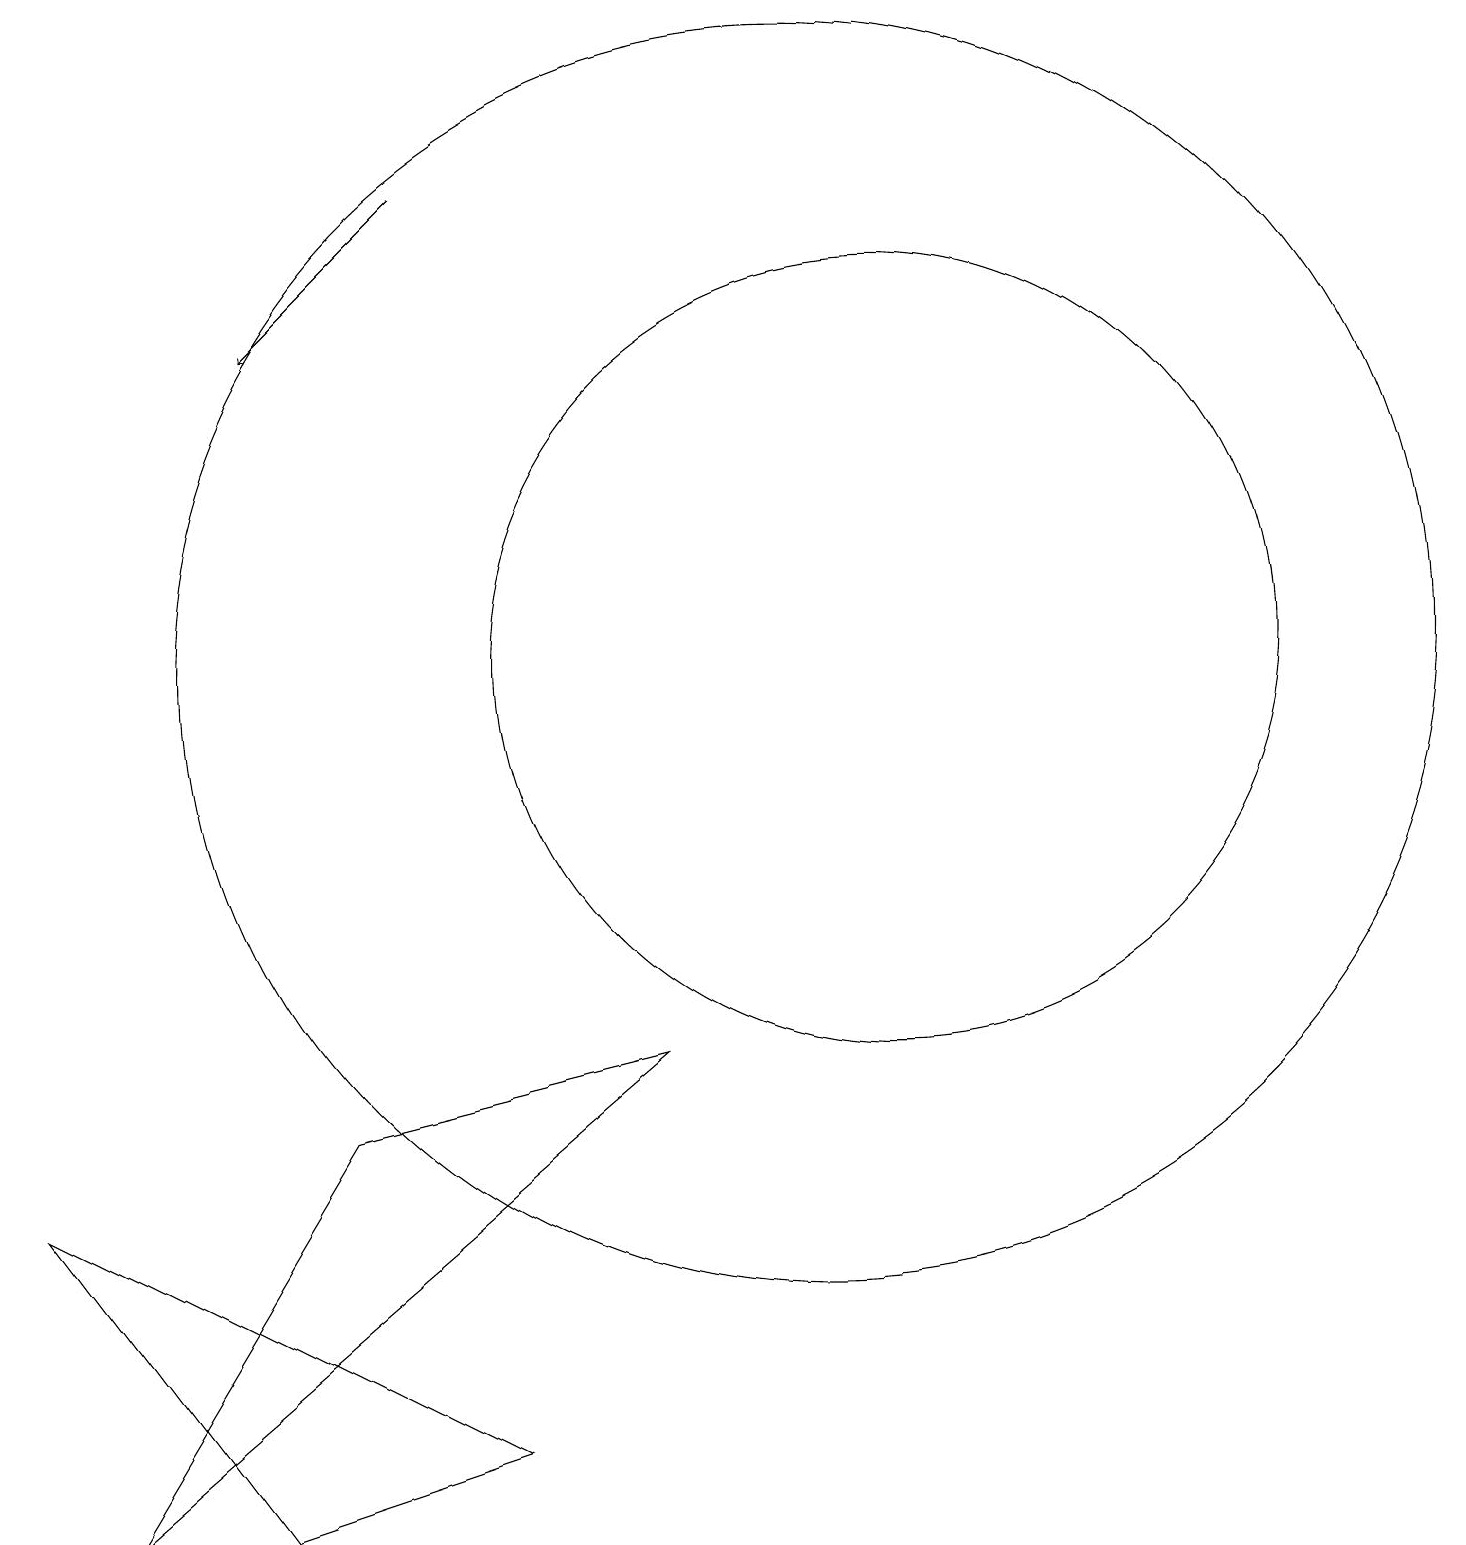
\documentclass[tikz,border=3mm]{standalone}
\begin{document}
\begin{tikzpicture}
\draw (12,12) circle (5);
\draw (1,5) -- (7,2) -- (4,1) -- cycle;
\draw (9,7) -- (2,1) -- (5,6) -- cycle;
\draw (11,12) circle (8);
\draw[->] (6,18) -- (4,16);
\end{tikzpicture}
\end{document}